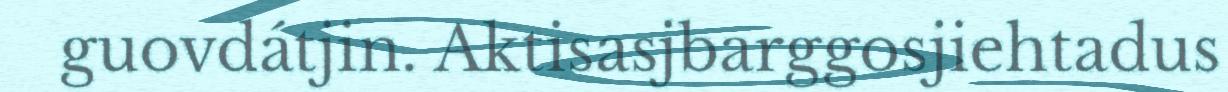
guovdátjin. Aktisasjbarggosjiehtadus